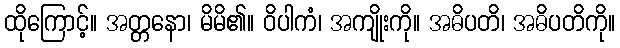
ထိုကြောင့်။ အတ္တနော၊ မိမိ၏။ ဝိပါကံ၊ အကျိုးကို။ အဓိပတိ၊ အဓိပတိကို။